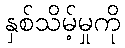
နှစ်သိမ့်မှုကို